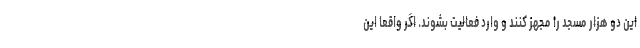
این دو هزار مسجد را مجهز کنند و وارد فعالیت بشوند. اگر واقعاً این